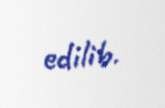
edilib.